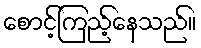
စောင့်ကြည့်နေသည်။